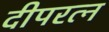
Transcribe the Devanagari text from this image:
दीपरत्न